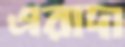
এরাদা